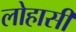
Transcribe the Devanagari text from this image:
लोहासी